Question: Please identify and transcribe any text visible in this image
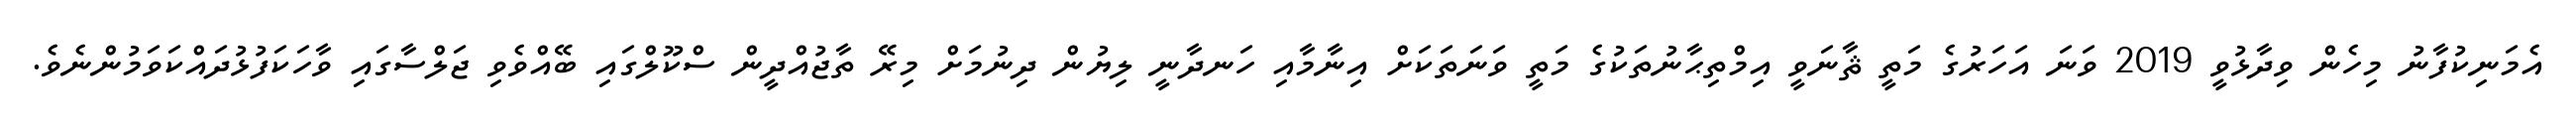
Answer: އެމަނިކުފާނު މިހެން ވިދާޅުވީ 2019 ވަނަ އަހަރުގެ މަތީ ޘާނަވީ އިމްތިޙާނުތަކުގެ މަތީ ވަނަތަކަށް އިނާމާއި ހަނދާނީ ލިޔުން ދިނުމަށް މިރޭ ތާޖުއްދީން ސްކޫލްގައި ބޭއްވެވި ޖަލްސާގައި ވާހަކަފުޅުދައްކަވަމުންނެވެ.